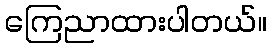
ကြေညာထားပါတယ်။